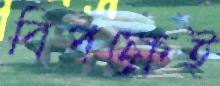
বিপক্ষেই